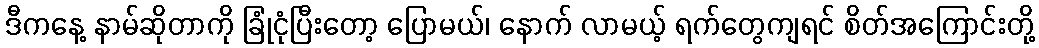
ဒီကနေ့ နာမ်ဆိုတာကို ခြုံငုံပြီးတော့ ပြောမယ်၊ နောက် လာမယ့် ရက်တွေကျရင် စိတ်အကြောင်းတို့